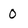
Character: 0